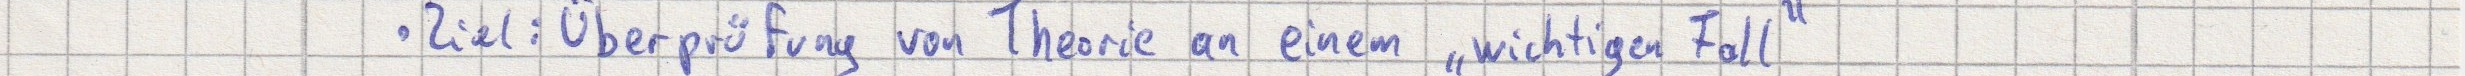
Ziel: Überprüfung von Theorie an einem "wichtigen Fall"